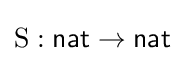
\mathrm {S} :{\mathsf {nat}}\to {\mathsf {nat}}